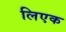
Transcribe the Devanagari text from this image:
लिएक